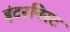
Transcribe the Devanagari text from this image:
इंटरनिस्ट